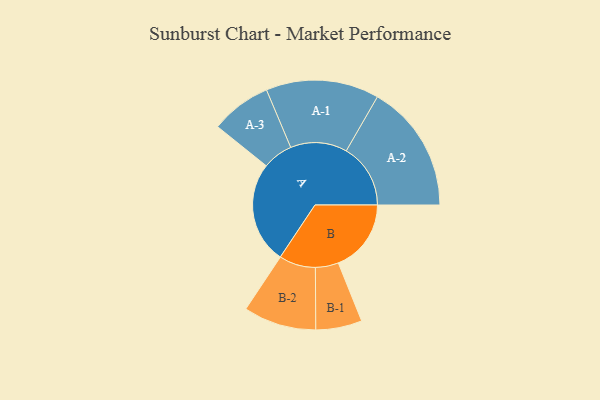
{"axis": {"x": "Segment", "y": "Value"}, "legend": ["", "A", "B"], "data": [{"x": "A", "y": 450, "type": ""}, {"x": "B", "y": 322, "type": ""}, {"x": "A-1", "y": 250, "type": "A"}, {"x": "A-2", "y": 284, "type": "A"}, {"x": "A-3", "y": 134, "type": "A"}, {"x": "B-1", "y": 102, "type": "B"}, {"x": "B-2", "y": 161, "type": "B"}]}